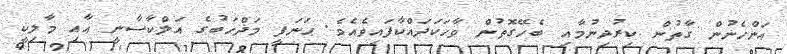
އަންހެނުން ގާތުން ކިރުދިނުމާއި ބެހޭގޮތުން ވާހަކަދައްކާފައިވެއެވެ. ޙަނަފީ މަޛްހަބުގެ އަލްކާސާނީ އާއި މާލިކީ